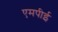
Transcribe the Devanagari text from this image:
एमपीई